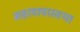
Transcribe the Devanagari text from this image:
महापापास्तथा